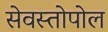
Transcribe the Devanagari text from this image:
सेवस्तोपोल